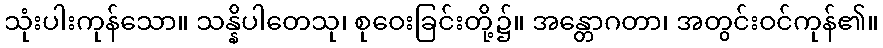
သုံးပါးကုန်သော။ သန္နိပါတေသု၊ စုဝေးခြင်းတို့၌။ အန္တောဂတာ၊ အတွင်းဝင်ကုန်၏။